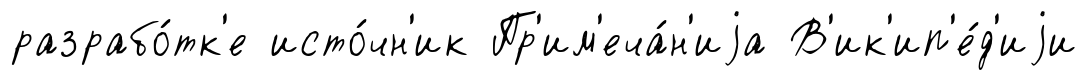
разрабо́тк'е исто́чн'ик Пр'им'еча́н'иjа В'ик'ип'е́д'иjи